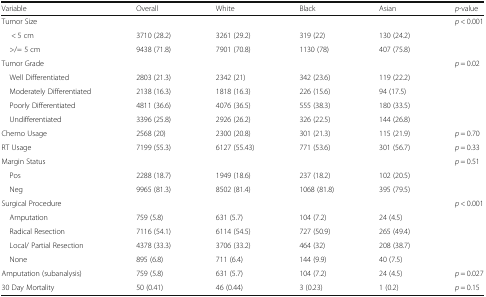
<table><thead><tr><td><b>Variable</b></td><td><b>Overall</b></td><td><b>White</b></td><td><b>Black</b></td><td><b>Asian</b></td><td><b><i>p</i>-value</b></td></tr></thead><tbody><tr><td>Tumor Size</td><td></td><td></td><td></td><td></td><td><i>p</i> &lt; 0.001</td></tr><tr><td>&lt; 5 cm</td><td>3710 (28.2)</td><td>3261 (29.2)</td><td>319 (22)</td><td>130 (24.2)</td><td></td></tr><tr><td> &gt;/= 5 cm</td><td>9438 (71.8)</td><td>7901 (70.8)</td><td>1130 (78)</td><td>407 (75.8)</td><td></td></tr><tr><td>Tumor Grade</td><td></td><td></td><td></td><td></td><td><i>p</i> = 0.02</td></tr><tr><td> Well Differentiated</td><td>2803 (21.3)</td><td>2342 (21)</td><td>342 (23.6)</td><td>119 (22.2)</td><td></td></tr><tr><td> Moderately Differentiated</td><td>2138 (16.3)</td><td>1818 (16.3)</td><td>226 (15.6)</td><td>94 (17.5)</td><td></td></tr><tr><td> Poorly Differentiated</td><td>4811 (36.6)</td><td>4076 (36.5)</td><td>555 (38.3)</td><td>180 (33.5)</td><td></td></tr><tr><td> Undifferentiated</td><td>3396 (25.8)</td><td>2926 (26.2)</td><td>326 (22.5)</td><td>144 (26.8)</td><td></td></tr><tr><td>Chemo Usage</td><td>2568 (20)</td><td>2300 (20.8)</td><td>301 (21.3)</td><td>115 (21.9)</td><td><i>p</i> = 0.70</td></tr><tr><td>RT Usage</td><td>7199 (55.3)</td><td>6127 (55.43)</td><td>771 (53.6)</td><td>301 (56.7)</td><td><i>p</i> = 0.33</td></tr><tr><td>Margin Status</td><td></td><td></td><td></td><td></td><td><i>p</i> = 0.51</td></tr><tr><td> Pos</td><td>2288 (18.7)</td><td>1949 (18.6)</td><td>237 (18.2)</td><td>102 (20.5)</td><td></td></tr><tr><td> Neg</td><td>9965 (81.3)</td><td>8502 (81.4)</td><td>1068 (81.8)</td><td>395 (79.5)</td><td></td></tr><tr><td>Surgical Procedure</td><td></td><td></td><td></td><td></td><td><i>p</i> &lt; 0.001</td></tr><tr><td> Amputation</td><td>759 (5.8)</td><td>631 (5.7)</td><td>104 (7.2)</td><td>24 (4.5)</td><td></td></tr><tr><td> Radical Resection</td><td>7116 (54.1)</td><td>6114 (54.5)</td><td>727 (50.9)</td><td>265 (49.4)</td><td></td></tr><tr><td> Local/ Partial Resection</td><td>4378 (33.3)</td><td>3706 (33.2)</td><td>464 (32)</td><td>208 (38.7)</td><td></td></tr><tr><td> None</td><td>895 (6.8)</td><td>711 (6.4)</td><td>144 (9.9)</td><td>40 (7.5)</td><td></td></tr><tr><td>Amputation (subanalysis)</td><td>759 (5.8)</td><td>631 (5.7)</td><td>104 (7.2)</td><td>24 (4.5)</td><td><i>p</i> = 0.027</td></tr><tr><td>30 Day Mortality</td><td>50 (0.41)</td><td>46 (0.44)</td><td>3 (0.23)</td><td>1 (0.2)</td><td><i>p</i> = 0.15</td></tr></tbody></table>